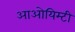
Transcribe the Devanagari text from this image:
आओयिम्टी